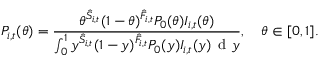
P _ { i , t } ( \theta ) = \frac { \theta ^ { \hat { S } _ { i , t } } ( 1 - \theta ) ^ { \hat { F } _ { i , t } } P _ { 0 } ( \theta ) I _ { i , t } ( \theta ) } { \int _ { 0 } ^ { 1 } y ^ { \hat { S } _ { i , t } } ( 1 - y ) ^ { \hat { F } _ { i , t } } P _ { 0 } ( y ) I _ { i , t } ( y ) \, \mathrm { ~ d ~ } y } , \quad \theta \in [ 0 , 1 ] .